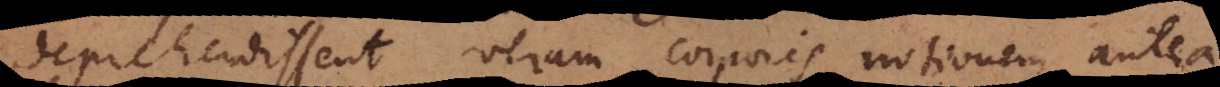
deprehendissent veram corporis notionem antea